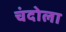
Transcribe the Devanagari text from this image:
चंदोला